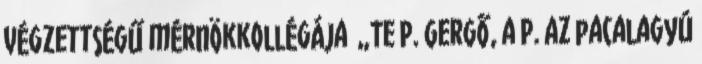
végzettségű mérnökkollégája „Te P. Gergő, a P. az pacalagyú